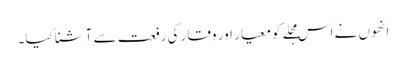
انھوں نے اس مجلے کو معیار اور وقار کی رفعت سے آشنا کیا۔